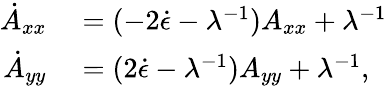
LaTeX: \begin{array}{rl}{\dot{A}_{xx}}&{{}=(-2\dot{\epsilon}-\lambda^{-1})A_{xx}+\lambda^{-1}}\\ {\dot{A}_{yy}}&{{}=(2\dot{\epsilon}-\lambda^{-1})A_{yy}+\lambda^{-1},}\end{array}